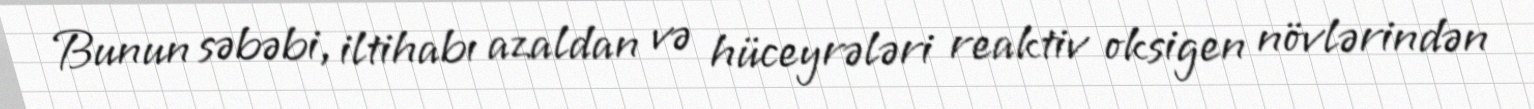
Bunun səbəbi, iltihabı azaldan və hüceyrələri reaktiv oksigen növlərindən